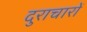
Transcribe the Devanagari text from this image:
दुराचारों